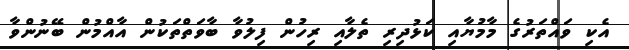
އެކި ވައްތަރުގެ މާމުޔާއި ކަޅުދިރި ތެލާއި ރިހުން ފިލުވާ ބާވަތްތަކުން އާއްމުން ބޭނުންވާ